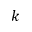
k